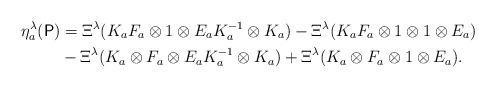
LaTeX: \begin{align*}\eta_a^\lambda (\mathsf{P}) & =\Xi^{\lambda}(K_a F_a \otimes 1 \otimes E_a K_a^{-1} \otimes K_a) -\Xi^{\lambda}(K_{a}F_{a}\otimes 1 \otimes 1 \otimes E_{a}) \\ & -\Xi^{\lambda}(K_{a}\otimes F_{a}\otimes E_{a}K_{a}^{-1} \otimes K_{a}) + \Xi^{\lambda}(K_{a} \otimes F_{a} \otimes 1 \otimes E_{a}).\end{align*}